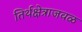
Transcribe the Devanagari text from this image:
तिर्थक्षेत्राजवळ